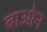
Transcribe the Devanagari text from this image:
बाओन